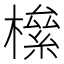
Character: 𣚎